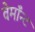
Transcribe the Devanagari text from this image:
वेर्माॅन्ट